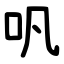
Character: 㕨